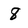
Character: 8